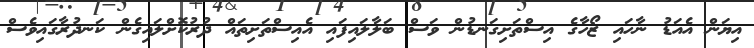
އިޔަން އެއަޑު ނާހައި ޒޯހާގެ އިސްތަށިގަނޑުން ވަސް ބަލާލައިފައި އެއިސްތަށިތައް ދުރުކޮށްލައިގެން ކަނދުރާގައިވެސް